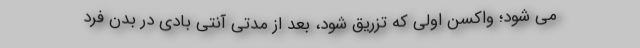
می شود؛ واکسن اولی که تزریق شود، بعد از مدتی آنتی بادی در بدن فرد